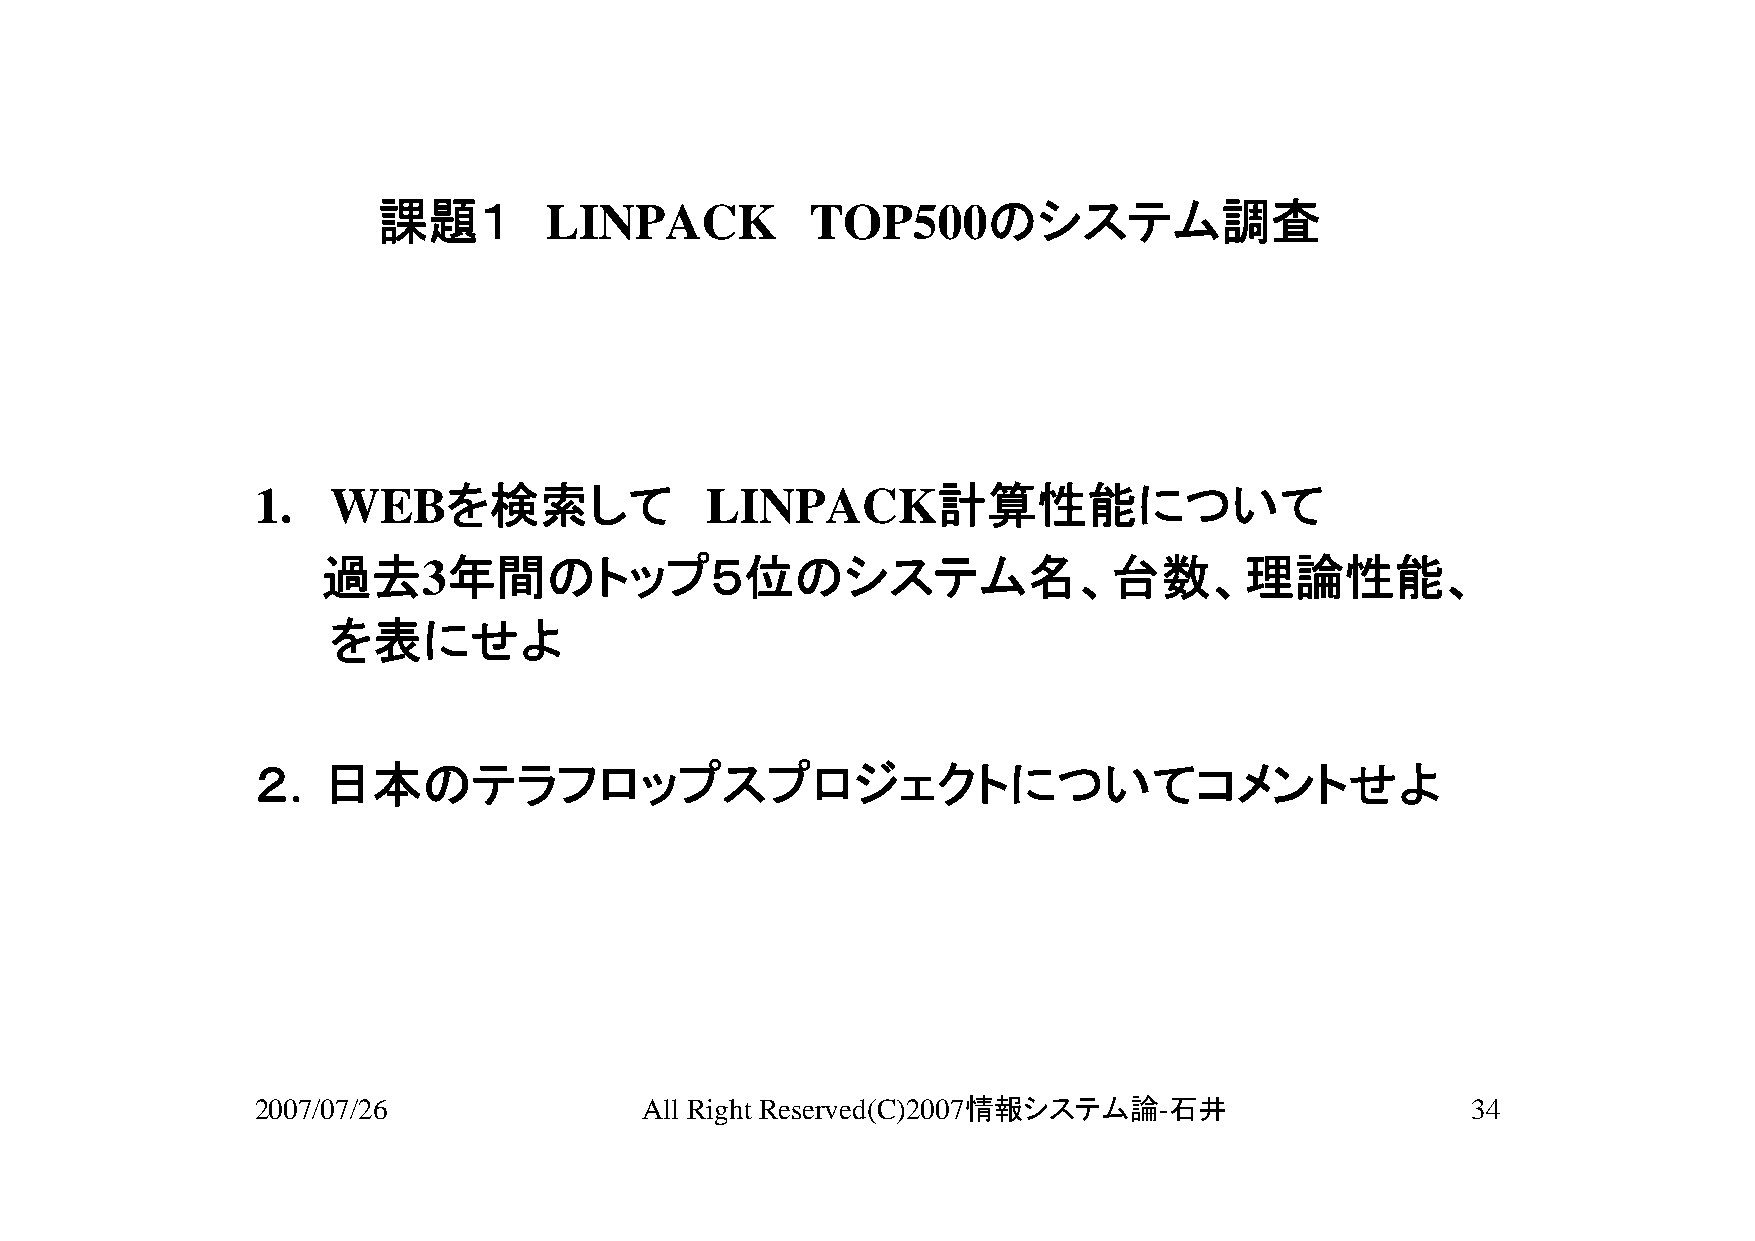
課題１        LINPACK           TOP500のシステム調査
 1.   WEBを検索して                 LINPACK計算性能について
 過去3年間のトップ５位のシステム名、台数、理論性能、
 を表にせよ
 ２．日本のテラフロップスプロジェクトについてコメントせよ
 2007/07/26               All Right Reserved(C)2007情報システム論-石井                    34